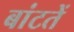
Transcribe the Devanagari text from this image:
बांटतें